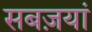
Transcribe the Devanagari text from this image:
सबज़यां